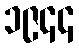
၁၉၄၄